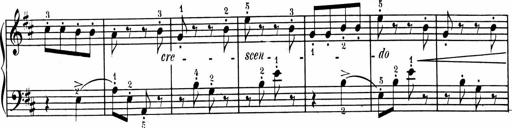
Title: 1Ã¨re Sonatine
Composer: FrÃ©dÃ©ric Binet